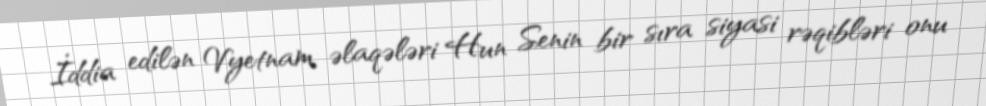
İddia edilən Vyetnam əlaqələri Hun Senin bir sıra siyasi rəqibləri onu